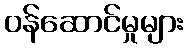
ဝန်ဆောင်မှုများ